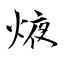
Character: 焲